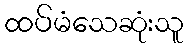
ထပ်မံသေဆုံးသူ